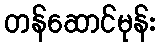
တန်ဆောင်မုန်း